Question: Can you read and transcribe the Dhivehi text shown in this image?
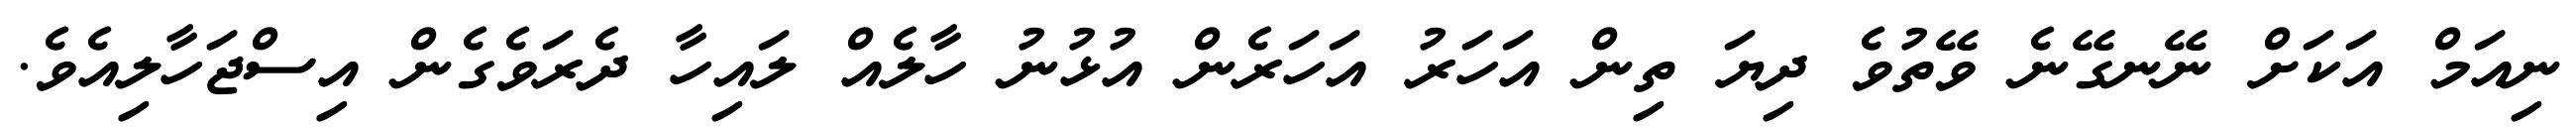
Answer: ނިއަމް އަކަށް ނޭނގޭނެ ވޭތުވެ ދިޔަ ތިން އަހަރު އަހަރެން އުޅުނު ހާލެއް ލައިހާ ދެރަވެގެން އިސްޖަހާލިއެވެ.